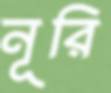
নূরি